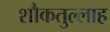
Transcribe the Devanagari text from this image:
शौकतुल्लाह